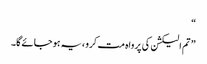
“
” تم الیکشن کی پرواہ مت کرو ،یہ ہو جائے گا۔